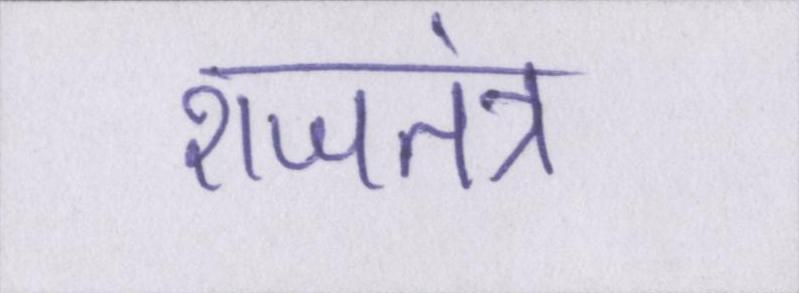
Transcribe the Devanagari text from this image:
राजतंत्र